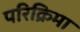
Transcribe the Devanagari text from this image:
परिक्रिमा